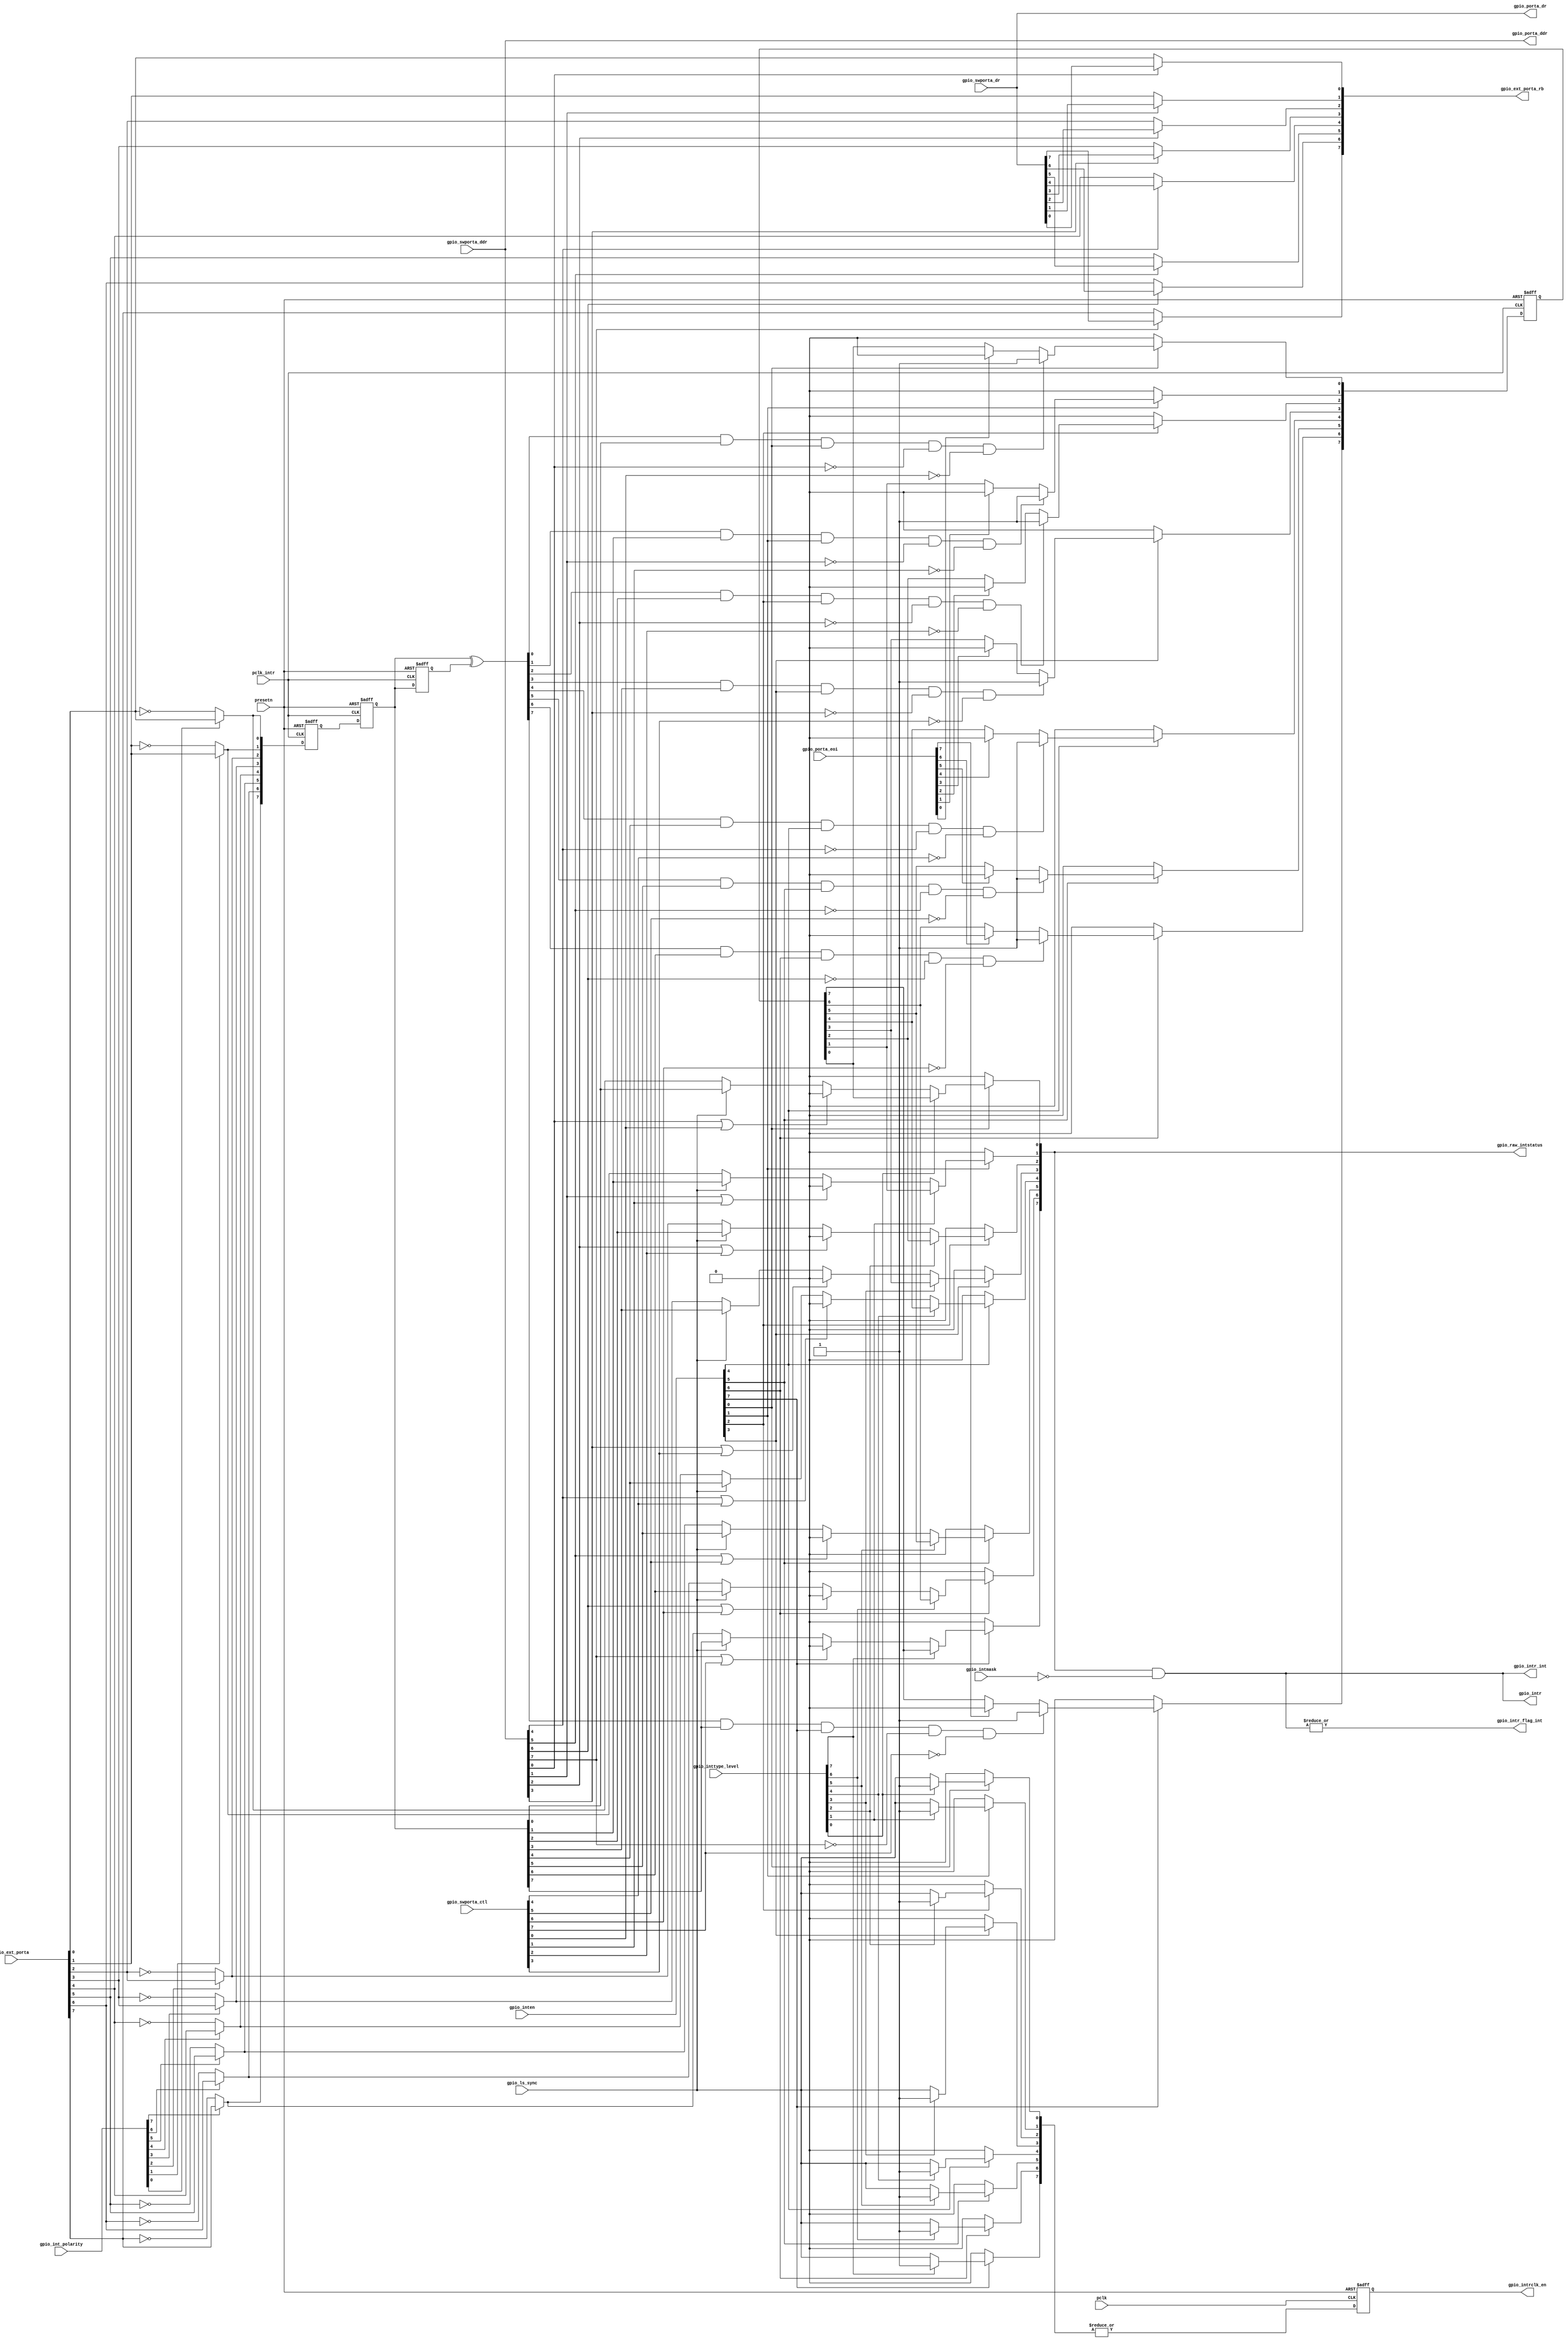
/*Copyright 2019-2021 T-Head Semiconductor Co., Ltd.

Licensed under the Apache License, Version 2.0 (the "License");
you may not use this file except in compliance with the License.
You may obtain a copy of the License at

    http://www.apache.org/licenses/LICENSE-2.0

Unless required by applicable law or agreed to in writing, software
distributed under the License is distributed on an "AS IS" BASIS,
WITHOUT WARRANTIES OR CONDITIONS OF ANY KIND, either express or implied.
See the License for the specific language governing permissions and
limitations under the License.
*/





















module gpio_ctrl(
  gpio_ext_porta,
  gpio_ext_porta_rb,
  gpio_int_polarity,
  gpio_inten,
  gpio_intmask,
  gpio_intr,
  gpio_intr_flag_int,
  gpio_intr_int,
  gpio_intrclk_en,
  gpio_inttype_level,
  gpio_ls_sync,
  gpio_porta_ddr,
  gpio_porta_dr,
  gpio_porta_eoi,
  gpio_raw_intstatus,
  gpio_swporta_ctl,
  gpio_swporta_ddr,
  gpio_swporta_dr,
  pclk,
  pclk_intr,
  presetn
);


input   [7:0]  gpio_ext_porta;           
input   [7:0]  gpio_int_polarity;        
input   [7:0]  gpio_inten;               
input   [7:0]  gpio_intmask;             
input   [7:0]  gpio_inttype_level;       
input          gpio_ls_sync;             
input   [7:0]  gpio_porta_eoi;           
input   [7:0]  gpio_swporta_ctl;         
input   [7:0]  gpio_swporta_ddr;         
input   [7:0]  gpio_swporta_dr;          
input          pclk;                     
input          pclk_intr;                
input          presetn;                  
output  [7:0]  gpio_ext_porta_rb;        
output  [7:0]  gpio_intr;                
output         gpio_intr_flag_int;       
output  [7:0]  gpio_intr_int;            
output         gpio_intrclk_en;          
output  [7:0]  gpio_porta_ddr;           
output  [7:0]  gpio_porta_dr;            
output  [7:0]  gpio_raw_intstatus;       


reg     [7:0]  ed_int_d1;                
reg     [7:0]  ed_out;                   
reg     [7:0]  gpio_ext_porta_int;       
reg     [7:0]  gpio_ext_porta_rb;        
reg     [7:0]  gpio_intr_ed_pm;          
reg            gpio_intrclk_en;          
reg     [7:0]  gpio_porta_ddr;           
reg     [7:0]  gpio_porta_dr;            
reg     [7:0]  int_gpio_raw_intstatus;   
reg     [7:0]  int_pre_in;               
reg     [7:0]  int_s1;                   
reg     [7:0]  int_sy_in;                
reg     [7:0]  intrclk_en;               
reg     [7:0]  ls_int_in;                


wire    [7:0]  ed_rf;                    
wire    [7:0]  gpio_ext_porta;           
wire    [7:0]  gpio_int_polarity;        
wire    [7:0]  gpio_inten;               
wire    [7:0]  gpio_intmask;             
wire    [7:0]  gpio_intr;                
wire           gpio_intr_flag_int;       
wire    [7:0]  gpio_intr_int;            
wire           gpio_intrclk_en_int;      
wire    [7:0]  gpio_inttype_level;       
wire           gpio_ls_sync;             
wire    [7:0]  gpio_porta_eoi;           
wire    [7:0]  gpio_raw_intstatus;       
wire    [7:0]  gpio_swporta_ctl;         
wire    [7:0]  gpio_swporta_ctl_internal; 
wire    [7:0]  gpio_swporta_ddr;         
wire    [7:0]  gpio_swporta_dr;          
wire    [7:0]  int_in;                   
wire           pclk;                     
wire           pclk_intr;                
wire           presetn;                  












integer type_i;

always @( gpio_inttype_level[1:0]
       or gpio_ls_sync
       or gpio_inten[7:0]
       or gpio_inttype_level[7:1])
begin

  for(type_i = 0 ; type_i < 8 ; type_i=type_i+1)
  begin
    if(gpio_inten[type_i] == 1'b1)
      if(gpio_inttype_level[type_i] == 1'b1)
        intrclk_en[type_i] = 1'b1;
      else
        intrclk_en[type_i] = gpio_ls_sync;
    else
      intrclk_en[type_i] = 1'b0;
  end

end

assign gpio_intrclk_en_int = | intrclk_en;

always@(posedge pclk or negedge presetn)
begin
  if(!presetn)
    gpio_intrclk_en <= 1'b0;
  else
    gpio_intrclk_en <= gpio_intrclk_en_int;
end



integer polarity_i;

always @( gpio_ext_porta[1:0]
       or gpio_int_polarity[7:0]
       or gpio_ext_porta[7:0]
       or gpio_int_polarity[1:0])
begin
  gpio_ext_porta_int[7:0] = {8{1'b0}};
  for(polarity_i = 0 ; polarity_i < 8 ; polarity_i=polarity_i+1)
  begin
    if(gpio_int_polarity[polarity_i] == 1'b0)
      gpio_ext_porta_int[polarity_i] =  ~gpio_ext_porta[polarity_i];
    else
      gpio_ext_porta_int[polarity_i] =  gpio_ext_porta[polarity_i];
  end

end


always @( gpio_ext_porta_int[7:0])
begin
  int_sy_in[7:0] = {8{1'b0}};
  int_sy_in[7:0] = gpio_ext_porta_int[7:0];

end


always @(posedge pclk_intr or negedge presetn)
begin
  if(!presetn)
    int_s1[7:0] <= {8{1'b0}};
  else
    int_s1[7:0] <= int_sy_in[7:0];
end

always @(posedge pclk_intr or negedge presetn)
begin 
  if(!presetn)
    int_pre_in[7:0] <= {8{1'b0}};
  else
    int_pre_in[7:0] <= int_s1;
end

assign int_in[7:0] = int_pre_in[7:0];


always @(posedge pclk_intr or negedge presetn)
begin
  if(!presetn)
    ed_int_d1[7:0] <= {8{1'b0}};
  else
    ed_int_d1[7:0] <= int_in[7:0];
end

assign ed_rf[7:0] = int_in ^ ed_int_d1;


integer ed_j;

always @( ed_rf[7:0]
       or int_in[7:0])
begin

  ed_out[7:0] = {8{1'b0}};
  for(ed_j = 0 ; ed_j < 8 ; ed_j=ed_j+1)
  begin
    ed_out[ed_j] =  ed_rf[ed_j] & int_in[ed_j];
  end

end






assign gpio_swporta_ctl_internal[7:0] = gpio_swporta_ctl[7:0];
integer int_k;
always @(posedge pclk_intr or negedge presetn)
begin
  if(!presetn)
    gpio_intr_ed_pm[7:0] <= {8{1'b0}};
  else
    for(int_k = 0 ; int_k < 8 ; int_k=int_k+1)
    begin
      if(gpio_inten[int_k] == 1'b0)
        gpio_intr_ed_pm[int_k] <= 1'b0;
      else
        if((ed_out[int_k] == 1'b1) &&
           (gpio_inten[int_k] == 1'b1) &&
           (gpio_swporta_ddr[int_k] == 1'b0) &&
           (gpio_swporta_ctl_internal[int_k] == 1'b0))
          gpio_intr_ed_pm[int_k] <= 1'b1;
      else
        if(gpio_porta_eoi[int_k] == 1'b1)
          gpio_intr_ed_pm[int_k] <= 1'b0;
    end
end





integer lsa_k;


always @( int_in[7:0]
       or gpio_swporta_ddr[7:0]
       or gpio_swporta_ctl_internal[2:0]
       or gpio_ls_sync
       or int_sy_in[7:0]
       or gpio_swporta_ctl_internal[7:2])
begin
  ls_int_in[7:0] = {8{1'b0}};
  for(lsa_k = 0 ; lsa_k < 8 ; lsa_k=lsa_k+1)
  begin
    if(((gpio_swporta_ddr[lsa_k]) == 1'b1) ||  
        (gpio_swporta_ctl_internal[lsa_k] == 1'b1))
      ls_int_in[lsa_k] = 0;
    else
      if(gpio_ls_sync == 1'b1)
        ls_int_in[lsa_k] = int_in[lsa_k];
      else
        ls_int_in[lsa_k] = int_sy_in[lsa_k];
  end

end


integer raw_l;


always @( gpio_inten[7:3]
       or gpio_intr_ed_pm[2:0]
       or gpio_intr_ed_pm[7:1]
       or gpio_inten[4:0]
       or gpio_inttype_level[7:0]
       or ls_int_in[7:0])
begin
  int_gpio_raw_intstatus[7:0] = {8{1'b0}};
  for(raw_l = 0 ; raw_l < 8 ; raw_l=raw_l+1)
  begin
    if(gpio_inten[raw_l] == 1'b0)
      int_gpio_raw_intstatus[raw_l] = 0;
    else
      if(gpio_inttype_level[raw_l] == 1'b1)
        int_gpio_raw_intstatus[raw_l] = gpio_intr_ed_pm[raw_l];
      else
        int_gpio_raw_intstatus[raw_l] = ls_int_in[raw_l];
  end

end

assign gpio_raw_intstatus[7:0] = int_gpio_raw_intstatus[7:0];
assign gpio_intr_int[7:0] = gpio_raw_intstatus[7:0] & ~gpio_intmask[7:0]; 
assign gpio_intr[7:0] = gpio_intr_int[7:0];

assign gpio_intr_flag_int = |gpio_intr_int[7:0];

always @( gpio_swporta_dr[7:0])
begin
  gpio_porta_dr[7:0] = {8{1'b0}};
  gpio_porta_dr[7:0] = gpio_swporta_dr[7:0];

end


always @( gpio_swporta_ddr[7:0])
begin
  gpio_porta_ddr[7:0] = {8{1'b0}};
  gpio_porta_ddr[7:0] = gpio_swporta_ddr[7:0];

end

integer rba_i;


always @( gpio_swporta_dr[2:1]
       or gpio_ext_porta[7:0]
       or gpio_swporta_dr[7:0]
       or gpio_porta_ddr[7:0])
begin
  gpio_ext_porta_rb[7:0] = {8{1'b0}};
  for(rba_i = 0 ; rba_i < 8 ; rba_i=rba_i+1)
  begin
    if(gpio_porta_ddr[rba_i] == 1'b1)
      gpio_ext_porta_rb[rba_i] = gpio_swporta_dr[rba_i];
    else
      gpio_ext_porta_rb[rba_i] = gpio_ext_porta[rba_i];
  end

end

integer rbb_i;


endmodule